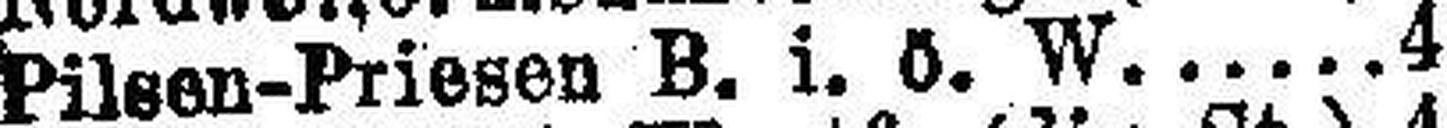
Pilsen-Priesen B. i. ö. W.4